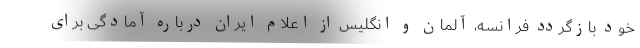
خود بازگردد فرانسه، آلمان و انگلیس از اعلام ایران درباره آمادگی برای